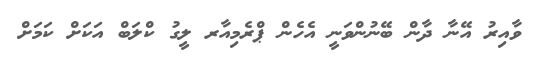
ވާއިރު އޭނާ ދާން ބޭނުންވަނީ އެހެން ޕްރެމިއާރ ލީގު ކްލަބް އަކަށް ކަމަށް